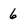
Character: 6